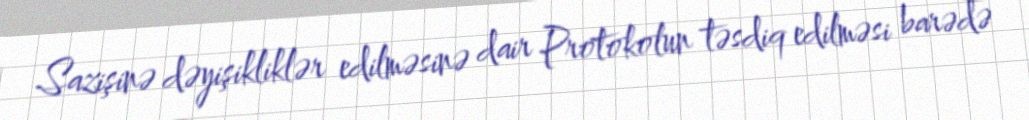
Sazişinə dəyişikliklər edilməsinə dair Protokolun təsdiq edilməsi barədə